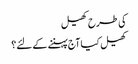
کی طرح کھیل
کھیل کیا آج پہننے کے لئے؟